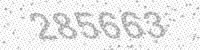
Solution: 285663